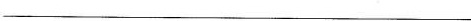
___